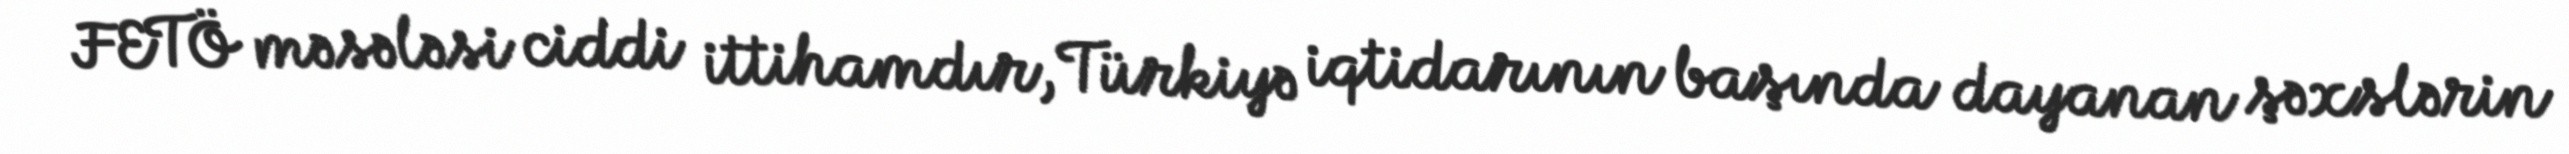
FETÖ məsələsi ciddi ittihamdır, Türkiyə iqtidarının başında dayanan şəxslərin